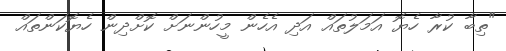
"ތިބާ ކުރާ ހެޔޮ އަމަލުތައް އަދި އެހެން މީހުންނަށް ކޮށްދިން ހެޔޮކަންތައް